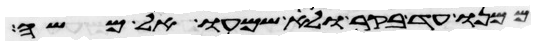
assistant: ממנו עד בקר ולא שמעו אל משה